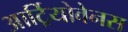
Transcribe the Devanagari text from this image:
आर्ट्रियोवेनस